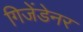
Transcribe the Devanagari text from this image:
गिजेंडेनर